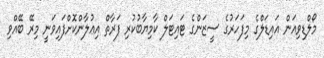
މޯލްޑިވިއަން އައިޑަލްގެ މިފަހަރުގެ ސީޒަންގެ ޓައިޓަލް ކާމިޔާބުކުރި ފަރާތް އިޢުލާންކޮށްފައިވަނީ މިރޭ ބޭއްވި